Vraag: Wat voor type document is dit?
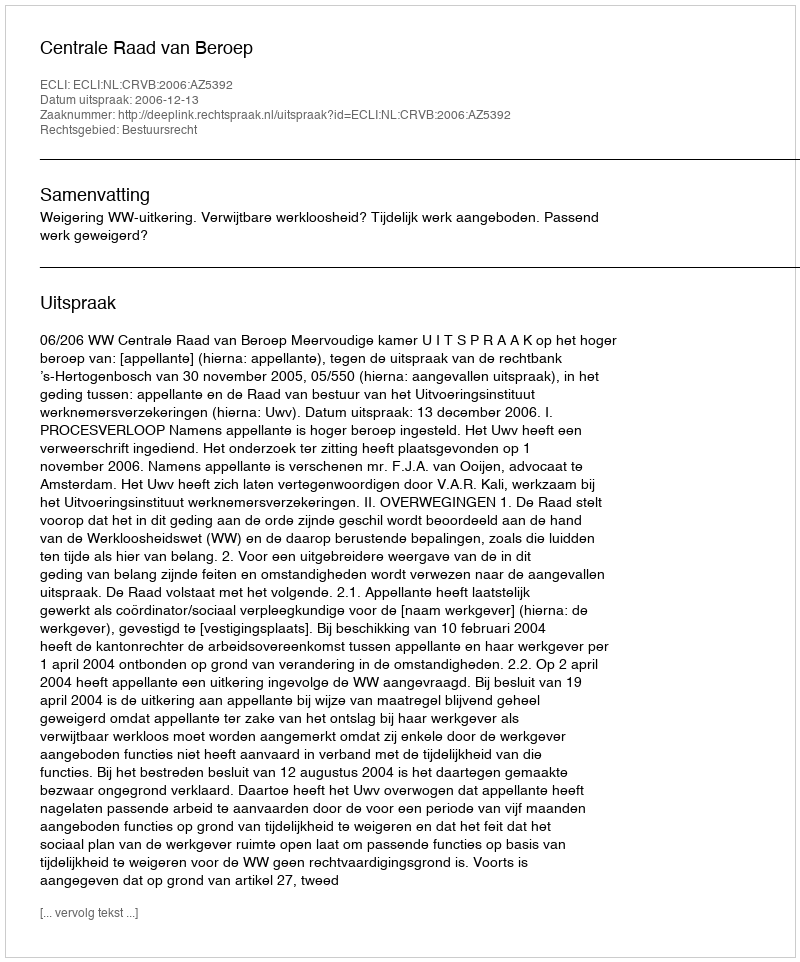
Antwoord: Uitspraak